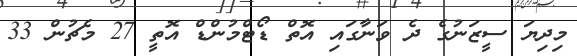
މިދިޔަ ސީޒަނުގެ ދެ ވަނާގައި އޮތް ޑޯޓްމުންޑް އޮތީ 27 މެޗުން 33